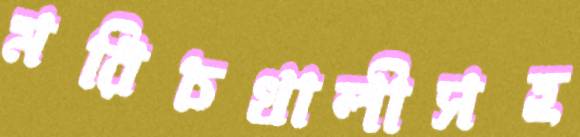
মরিচখালীসহ